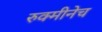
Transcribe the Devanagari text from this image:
रुक्मीनेच